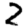
Digit: 2